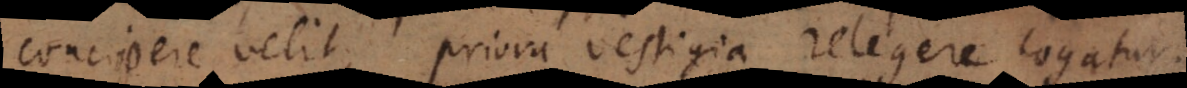
concipere velit, priora vestigia relegere cogatur.